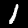
Digit: 1